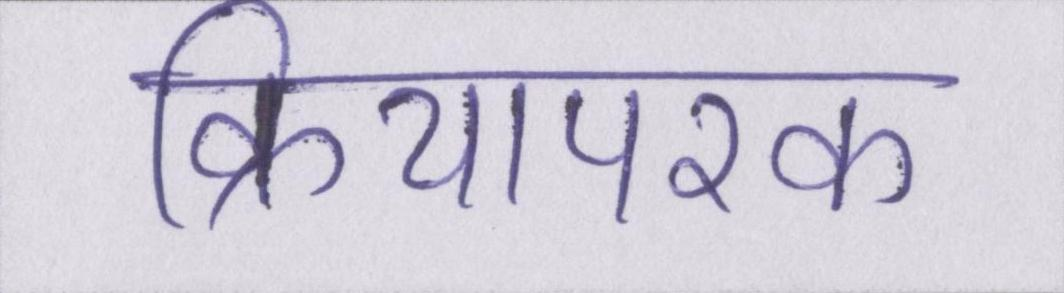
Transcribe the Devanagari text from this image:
क्रियापरक